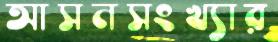
আসনসংখ্যার